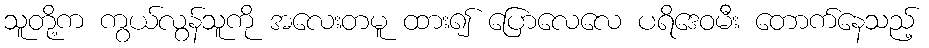
သူတို့က ကွယ်လွန်သူကို အလေးတမူ ထား၍ ပြောလေလေ ပရိဒေဝမီး တောက်နေသည့်